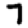
Digit: 7